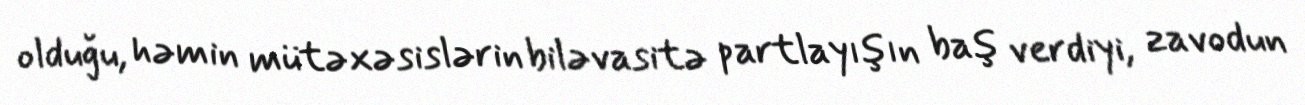
olduğu, həmin mütəxəsislərin biləvasitə partlayışın baş verdiyi, zavodun